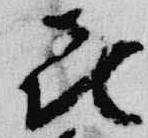
喜